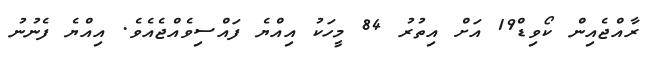
ރާއްޖެއިން ކޯވިޑް19 އަށް އިތުރު 84 މީހަކު އިއްޔެ ފައްސިވެއްޖެއެވެ. އިއްޔެ ފެނުނު